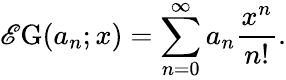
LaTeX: \operatorname{\mathscr{E}G}(a_{n};x)=\sum_{n=0}^{\infty}a_{n}{\frac{{x^{n}}}{{n!}}}.